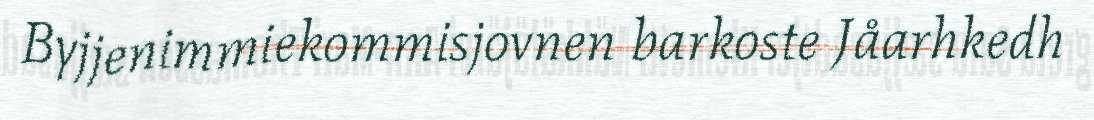
Byjjenimmiekommisjovnen barkoste Jåarhkedh